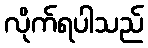
လိုက်ရပါသည်